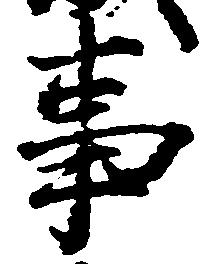
事